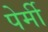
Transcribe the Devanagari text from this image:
पेर्मी